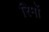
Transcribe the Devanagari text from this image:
रिमों